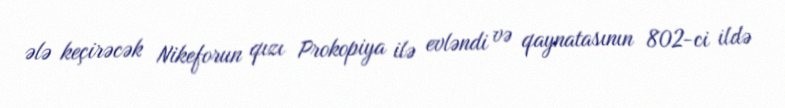
ələ keçirəcək Nikeforun qızı Prokopiya ilə evləndi və qaynatasının 802-ci ildə